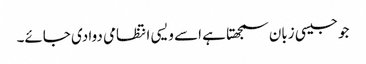
جو جیسی زبان سمجھتا ہے اسے ویسی انتظامی دوا دی جائے۔